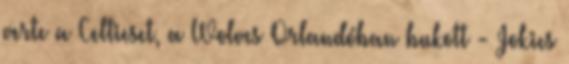
verte a Celticset, a Wolves Orlandóban bukott - Jokics